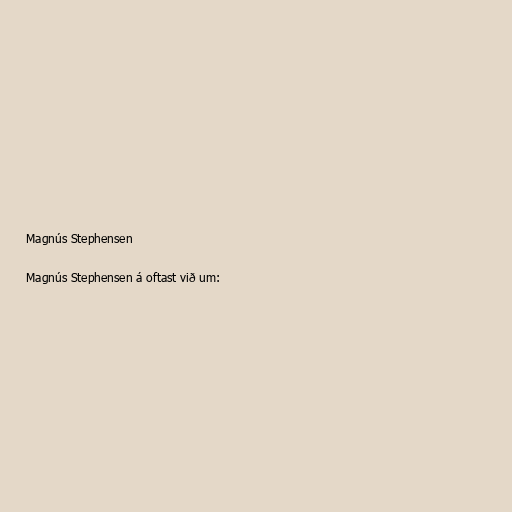
Magnús Stephensen

Magnús Stephensen á oftast við um: